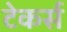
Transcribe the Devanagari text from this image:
टेकर्स